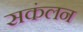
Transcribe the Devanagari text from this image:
सकंलन